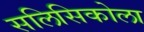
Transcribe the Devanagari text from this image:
सलिसिकोला